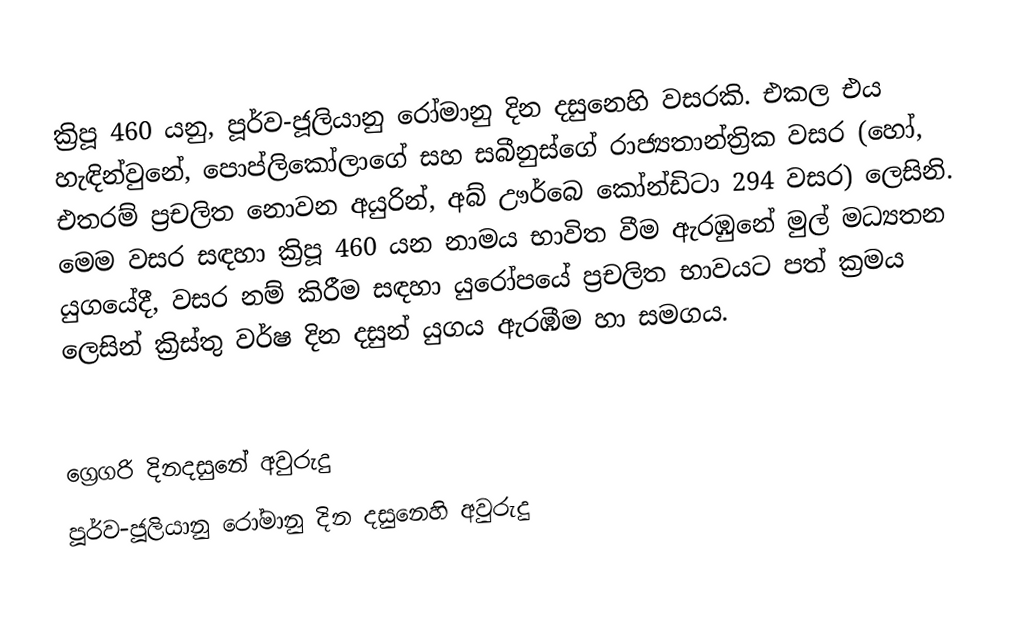

ක්‍රිපූ 460 යනු, පූර්ව-ජූලියානු රෝමානු දින දසුනෙහි වසරකි. එකල එය හැඳින්වුනේ, පොප්ලිකෝලාගේ සහ සබීනුස්ගේ රාජ්‍යතාන්ත්‍රික වසර (හෝ, එතරම් ප්‍රචලිත නොවන අයුරින්, අබ් ඌර්බෙ කෝන්ඩිටා 294 වසර) ලෙසිනි. මෙම වසර සඳහා ක්‍රිපූ 460 යන නාමය භාවිත වීම ඇරඹුනේ මුල්  මධ්‍යතන යුගයේදී, වසර නම් කිරීම සඳහා යුරෝපයේ ප්‍රචලිත භාවයට පත් ක්‍රමය ලෙසින් ක්‍රිස්තු වර්ෂ දින දසුන් යුගය ඇරඹීම හා සමගය.

ග්‍රෙගරි දිනදසුනේ අවුරුදු
පූර්ව-ජූලියානු රෝමානු දින දසුනෙහි අවුරුදු